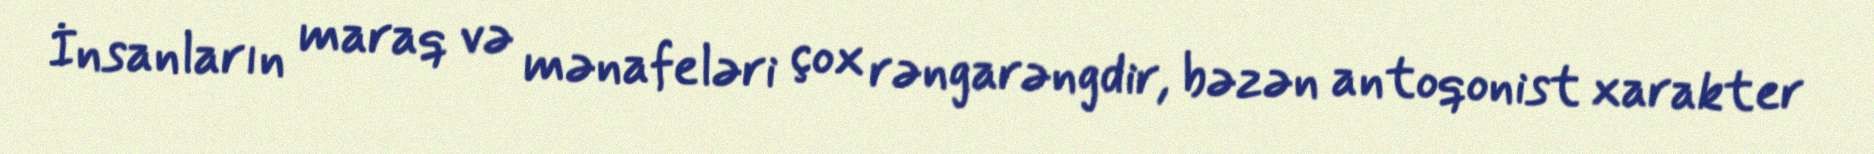
İnsanların maraq və mənafeləri çox rəngarəngdir, bəzən antoqonist xarakter